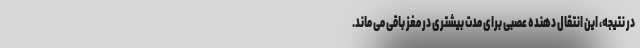
در نتیجه، این انتقال دهنده عصبی برای مدت بیشتری در مغز باقی می ماند.